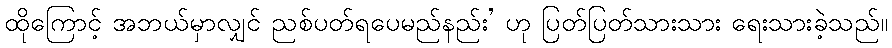
ထိုကြောင့် အဘယ်မှာလျှင် ညစ်ပတ်ရပေမည်နည်း’ ဟု ပြတ်ပြတ်သားသား ရေးသားခဲ့သည်။